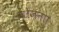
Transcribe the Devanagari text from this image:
योजनाा